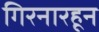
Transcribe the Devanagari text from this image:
गिरनारहून